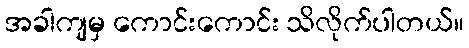
အခါကျမှ ကောင်းကောင်း သိလိုက်ပါတယ်။